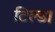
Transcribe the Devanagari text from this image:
टिल्डा